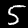
Label: 5